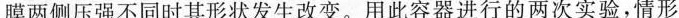
膜两侧压强不同时其形状发生改变。用此容器进行的两次实验，情形